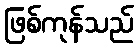
ဖြစ်ကုန်သည်